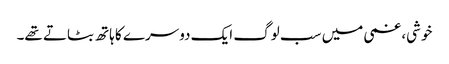
خوشی، غمی میں سب لوگ ایک دوسرے کا ہاتھ بٹاتے تھے۔